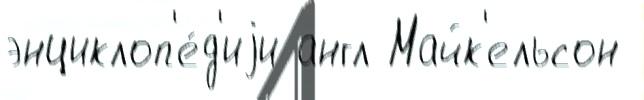
энциклоп'е́д'иjи англ Майк'ельсон